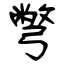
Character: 彆